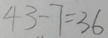
4 3 - 7 = 3 6